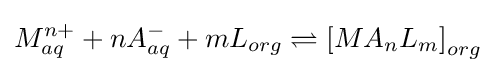
{M}_{aq}^{n+}+n{A}_{aq}^{-}+m{L}_{org}\rightleftharpoons {[MA_{n}L_{m}]}_{org}